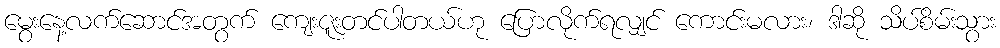
မွေးနေ့လက်ဆောင်အတွက် ကျေးဇူးတင်ပါတယ်ဟု ပြောလိုက်ရလျှင် ကောင်းမလား၊ ဒါဆို သိပ်စိမ်းသွား